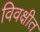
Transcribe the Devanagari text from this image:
विवक्षीत